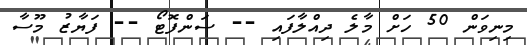
މިނިވަން 50 ހަށް މާލެ ދިއްލާފައި -- ސަންފޮޓޯ -- ފަޔާޒު މޫސާ